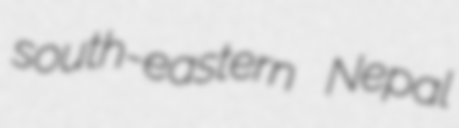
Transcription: south-eastern Nepal